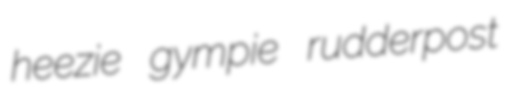
heezie gympie rudderpost